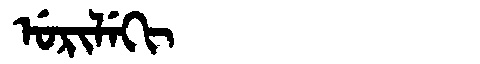
Manchu: ᡠᡵᡳᠯᡝᡴᡳ
Romanization: URILEKI